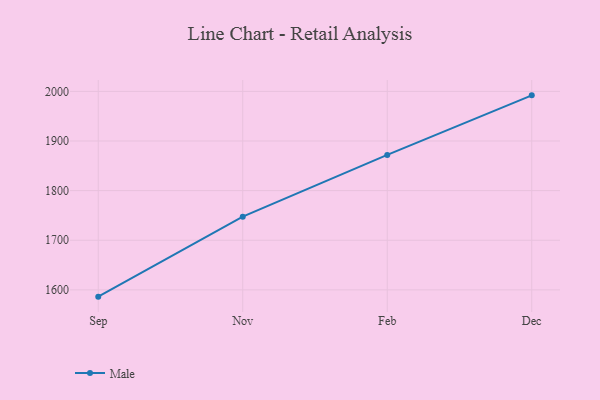
{"axis": {"x": "Month", "y": "Tickets Resolved"}, "legend": ["Male"], "data": [{"x": "Sep", "y": 1586.3, "type": "Male"}, {"x": "Nov", "y": 1747.5, "type": "Male"}, {"x": "Feb", "y": 1871.9, "type": "Male"}, {"x": "Dec", "y": 1992.0, "type": "Male"}]}